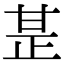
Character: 𤯅